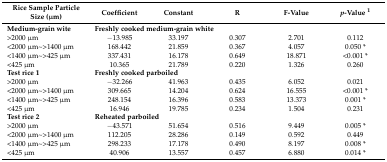
| Rice Sample Particle Size (μm) | Coefficient | Constant | R | F-Value | p-Value 1 |
 | --- | --- | --- | --- | --- | --- |
 | Medium-grain wite | <COLSPAN=5> Freshly cooked medium-grain white |
 | >2000 μm | −13.985 | 33.197 | 0.307 | 2.701 | 0.112 |
 | <2000 μm~>1400 μm | 168.442 | 21.859 | 0.367 | 4.057 | 0.050 * |
 | <1400 μm~>425 μm | 337.431 | 16.178 | 0.649 | 18.871 | <0.001 * |
 | <425 μm | 10.365 | 21.789 | 0.220 | 1.326 | 0.260 |
 | Test rice 1 | <COLSPAN=5> Freshly cooked parboiled |
 | >2000 μm | −32.266 | 41.963 | 0.435 | 6.052 | 0.021 |
 | <2000 μm~>1400 μm | 309.665 | 14.204 | 0.624 | 16.555 | <0.001 * |
 | <1400 μm~>425 μm | 248.154 | 16.396 | 0.583 | 13.373 | 0.001 * |
 | <425 μm | 16.946 | 19.785 | 0.234 | 1.504 | 0.231 |
 | Test rice 2 | <COLSPAN=5> Reheated parboiled |
 | >2000 μm | −43.571 | 51.654 | 0.516 | 9.449 | 0.005 * |
 | <2000 μm~>1400 μm | 112.205 | 28.286 | 0.149 | 0.592 | 0.449 |
 | <1400 μm~>425 μm | 298.233 | 17.178 | 0.490 | 8.197 | 0.008 * |
 | <425 μm | 40.906 | 13.557 | 0.457 | 6.880 | 0.014 * |